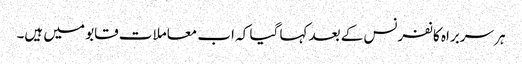
ہر سربراہ کانفرنس کے بعد کہا گیا کہ اب معاملات قابو میں ہیں۔